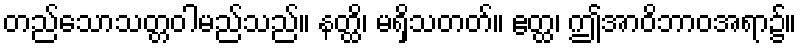
တည်သောသတ္တဝါမည်သည်။ နတ္ထိ၊ မရှိသတတ်။ ဧတ္ထ၊ ဤအာဝိဘာဝအရာ၌။